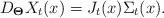
LaTeX: \begin{align*}D_{\bf\Theta} X_t(x)=J_t(x)\Sigma_t(x).\end{align*}